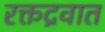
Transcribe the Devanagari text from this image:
रक्तद्रवात